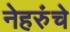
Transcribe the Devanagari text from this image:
नेहरुंचे